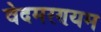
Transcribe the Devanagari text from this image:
वेदमरण्यम